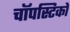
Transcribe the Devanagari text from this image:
चॉपस्टिकों